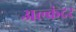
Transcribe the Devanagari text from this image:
अल्कंदर